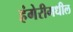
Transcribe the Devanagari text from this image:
हंगेरीमधील